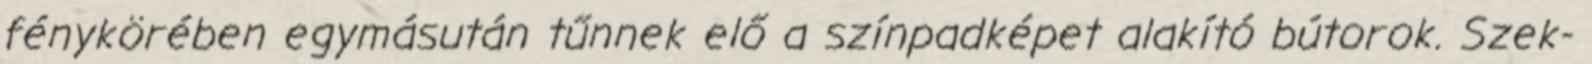
fénykörében egymásután tűnnek elő a színpadképet alakító bútorok. Szek-